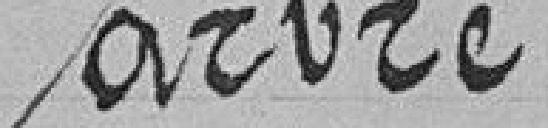
arbre